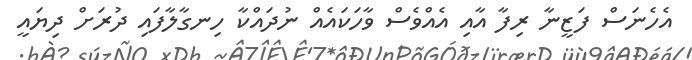
އެހެނަސް ފަޒީނާ ރިފާ އާއި އެއްވެސް ވާހަކައެއް ނުދައްކާ ހިނގާލާފައި ދުރަށް ދިޔައީ